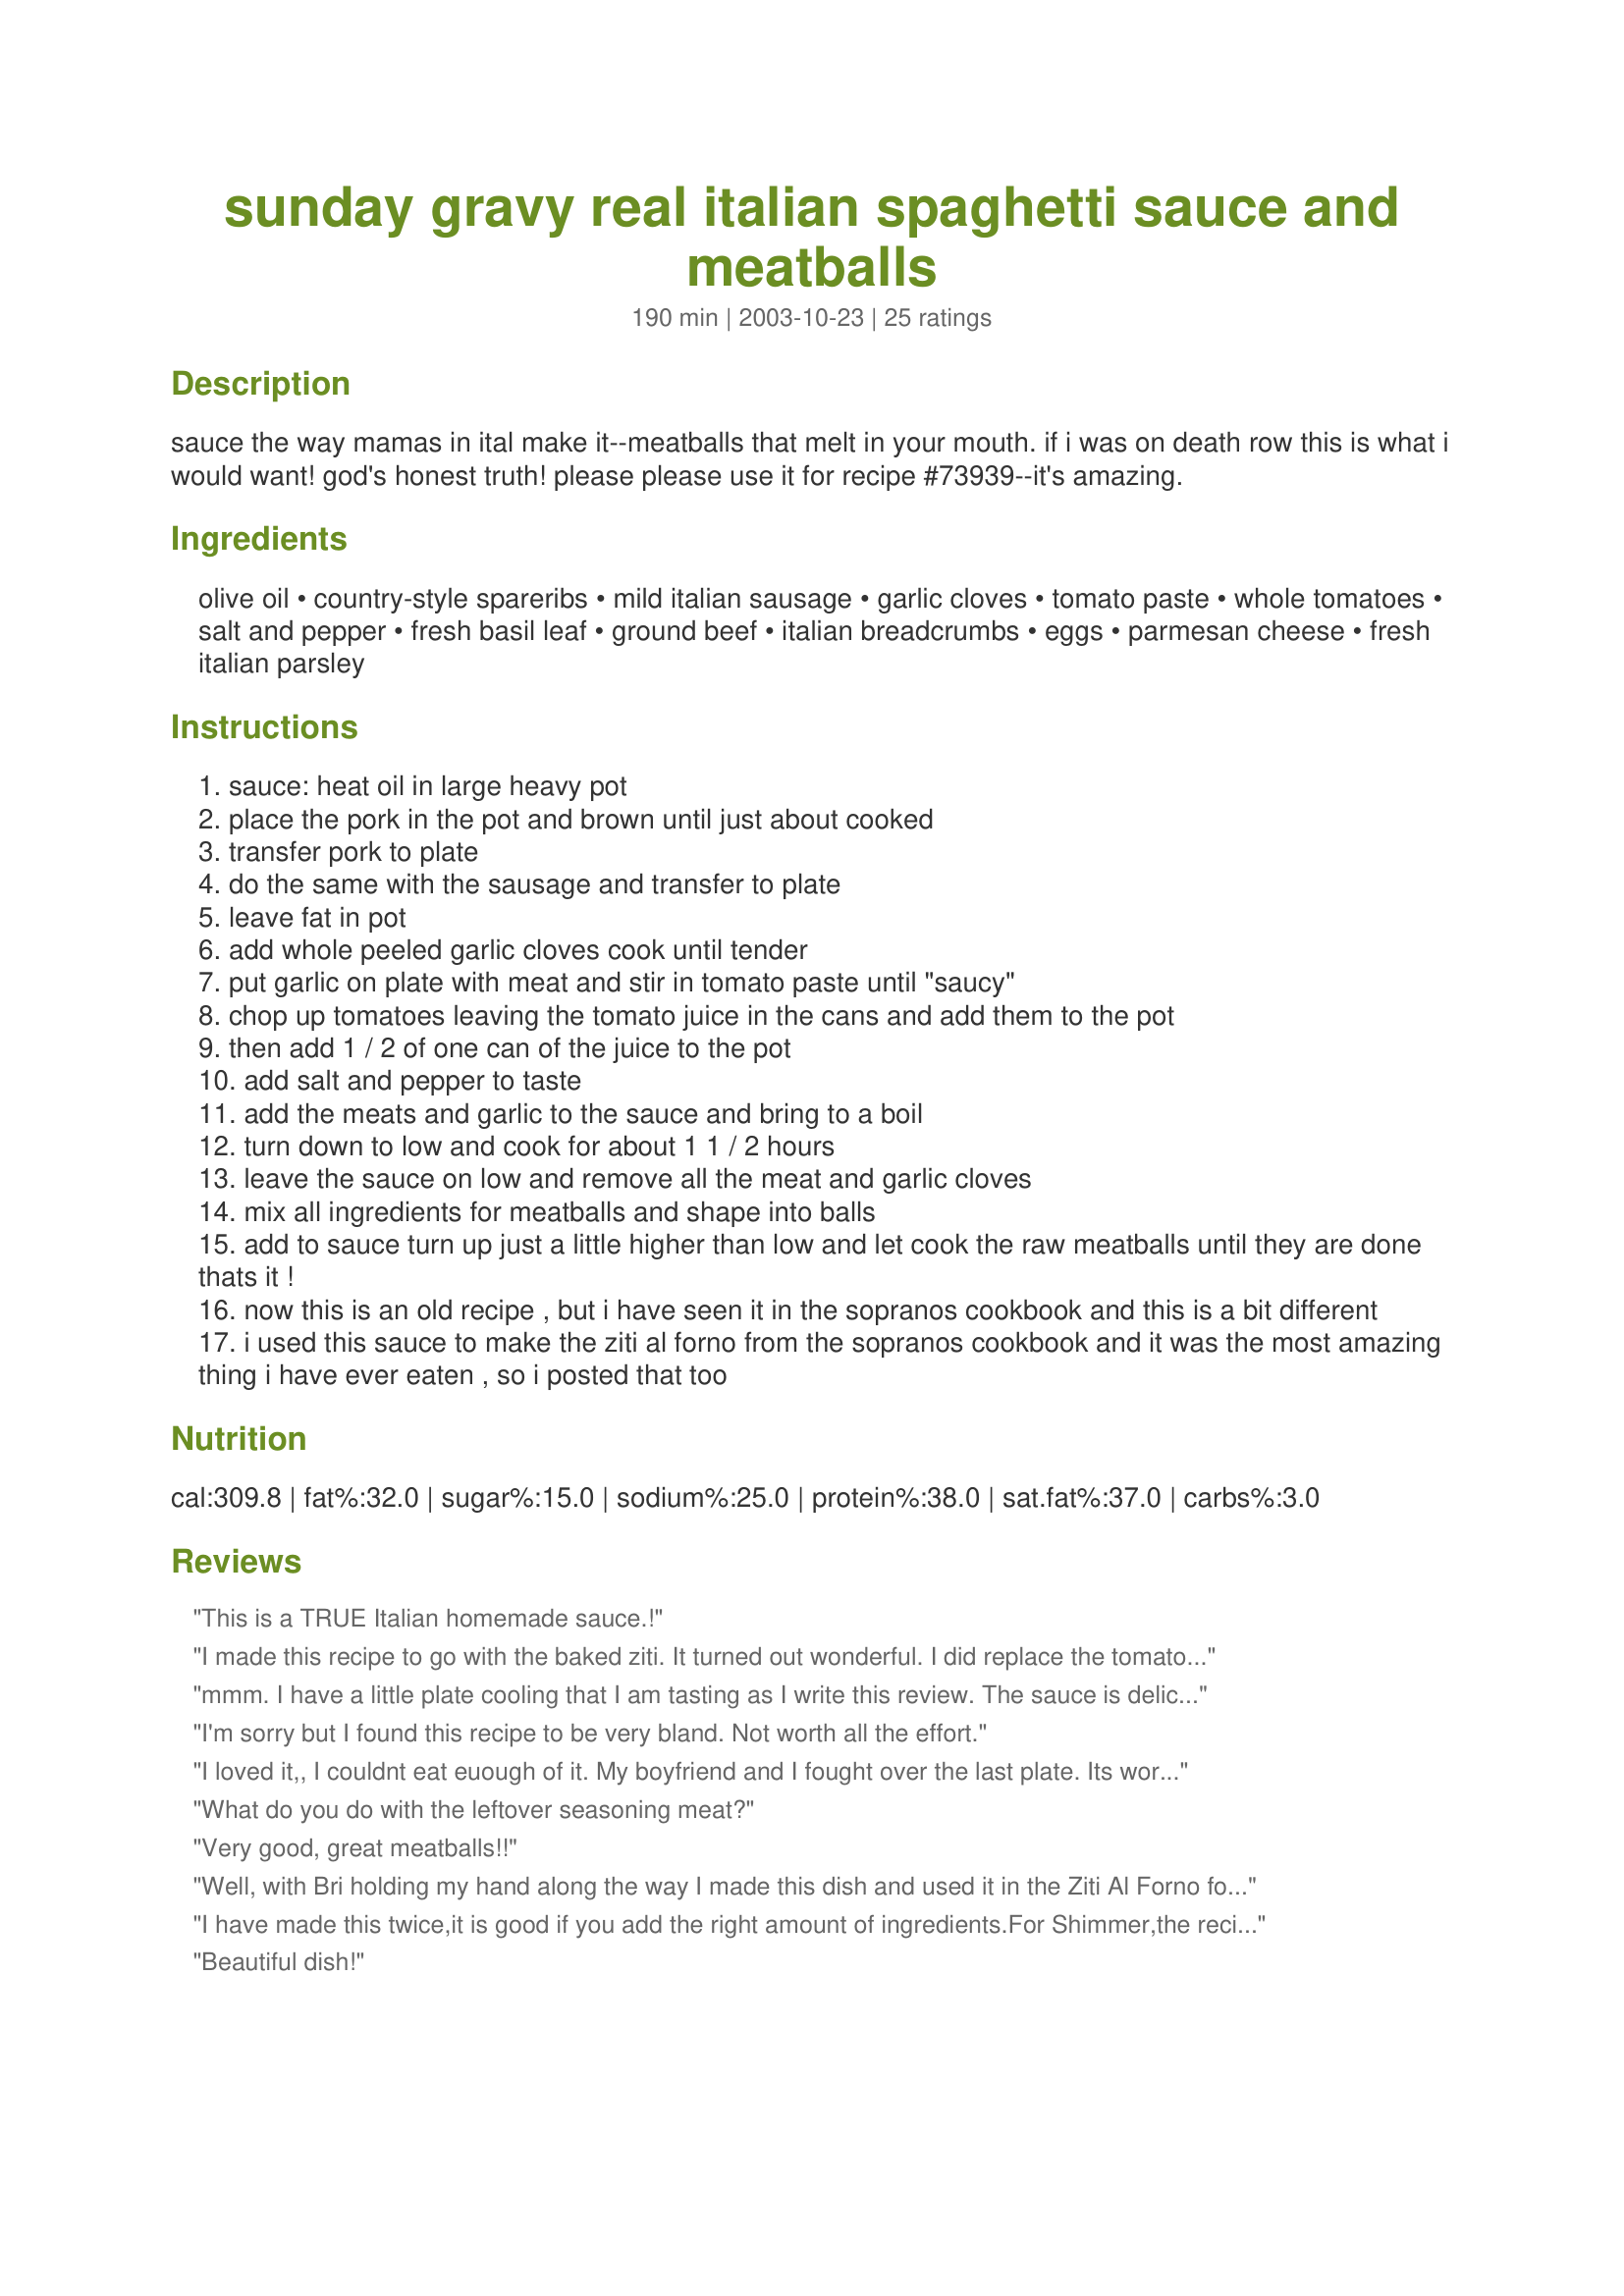
sunday gravy real italian spaghetti sauce and meatballs
Preparation time: 190 minutes

sauce the way mamas in ital make it--meatballs that melt in your mouth. if i was on death row this is what i would want! god's honest truth! please please use it for recipe #73939--it's amazing.

Ingredients:
olive oil, country-style spareribs, mild italian sausage, garlic cloves, tomato paste, whole tomatoes, salt and pepper, fresh basil leaf, ground beef, italian breadcrumbs, eggs, parmesan cheese, fresh italian parsley

Steps:
sauce: heat oil in large heavy pot
place the pork in the pot and brown until just about cooked
transfer pork to plate
do the same with the sausage and transfer to plate
leave fat in pot
add whole peeled garlic cloves cook until tender
put garlic on plate with meat and stir in tomato paste until "saucy"
chop up tomatoes leaving the tomato juice in the cans and add them to the pot
then add 1 / 2 of one can of the juice to the pot
add salt and pepper to taste
add the meats and garlic to the sauce and bring to a boil
turn down to low and cook for about 1 1 / 2 hours
leave the sauce on low and remove all the meat and garlic cloves
mix all ingredients for meatballs and shape into balls
add to sauce turn up just a little higher than low and let cook the raw meatballs until they are done thats it !
now this is an old recipe , but i have seen it in the sopranos cookbook and this is a bit different
i used this sauce to make the ziti al forno from the sopranos cookbook and it was the most amazing thing i have ever eaten , so i posted that too

Reviews:
This is a TRUE Italian homemade sauce.!
I made this recipe to go with the baked ziti. It turned out wonderful. I did replace the tomato paste with katsup. The meatballs were the best I have ever made. Thank you!
mmm.
I have a little plate cooling that I am tasting as I write this review. The sauce is delicious and spiced appropriately. I have had many gravy recipes from cookbooks, and from Italy. This is really a nice flavor that brings me back to childhood. The meatballs are really a nice texture.
Now for the changes...I have a kosher home so I could not use pork, I used mild Italian chicken sausage. I did not know how to replace the pork shoulder so I just omitted it. I used both dried basil and parsley. In the meatballs I used 93% fat free ground beef and instead of Parmesan I used about 3 Tbsp miso paste.
Thanks for posting a really delicious recipe.
I'm sorry but I found this recipe to be very bland. Not worth all the effort.
I loved it,, I couldnt eat euough of it. My boyfriend and I fought over the last plate. Its worth the time. The meatballs were so tender and mouth watering. I followed the directions but added a bit more garlic to the sauce. Thanks Bri this is a keeper.
What do you do with the leftover seasoning meat?
Very good, great meatballs!!
Well, with Bri holding my hand along the way I made this dish and used it in the Ziti Al Forno for guests and everyone loved it! Great dish and worth the extra effort. The meatballs are delish! Great Recipe!
I have made this twice,it is good if you add the right amount of ingredients.For Shimmer,the recipe says 14 1/2 oz cans of tomatoes.That is why your's is so bland,you used twice the amount.Olive oil is enough to just cover the bottom of the pot,2-3 T in a dutch oven.My dh is italian and makes italian gravy very often.His sauce is excellent.There is an old family secret ingredient and a secret method of tasting.Toward the end of cooking he adds 1 T apple cider vinegar and when we taste for seasoning we dip a piece of italian bread into the sauce.That gives you the real flavor.If it needs something more we then add it.He does cook his for most of the day,it really matures the seasonings.Everyone does their's there own way but this is the way his grandmother taught them.I would put his gravy against anyone's,it is truly good.This recipe is a good base to start with.We do however add other things to it.I am the one that has made this hoping to beat him in taste but no matter what I do he beats me.
Beautiful dish!
Okay here are my comments as I just happened to stumble across this. This is *not* marinara or 'spaghetti sauce'as Americans view spaghetti sauce. It IS Italian Gravy, a very different animal, and I have been making it for over 25 years ever since my 1st trip to Italy in my teens. You find this nearly all over Italy and it is not Italian-American food but Italian food; the real deal. Foods are not over done in flavors in any way in Italy and it is said there that if you can smell garlic when one is cooking that they have used too much. While there are the arribiatas and such, Italian gravy is a standard. While garlic may be used in nearly all cooking, sometimes to feed 10+ people there is a single clove. The essences of flavors are important, not a kick in the face for the most part. This should not be thick, is what we may think of as bland, but rest assured it is *authentic Italian* and used on and in not only spaghetti but I saw it most as a topping meats in Italy.
My boyfriend wanted meatballs from a local restaurant. I was more interested in making sure that what we would be eating was delicious and I wanted to know exactly what was going into the dish. I made the sauce with very few alterations and the meatballs as directed. My boyfriend said that he will never ever again go to any restaurant and order meat balls because these were the most delicious ones he has ever tasted and he's eaten meat balls all over the world. This recipe has made me very proud and I am not even Italian! My late husband used to make this gravy and this recipe is close to the flavors he developed in his version. Thank you!
My sauce is very similar to this recipe except that I use ground beef, pork and veal in my meatballs along with the other ingredients. I have used crushed tomatoes in my sauce which saves chopping the tomatoes. They cook down nicely. This recipe sounds delicious. I will probably die with a meatball and some sauce in my mouth!!!
Absolutely excellent - and I'm Italian and very hard to impress! The meatballs just melt in your mouth - I suggest doubling the recipe if having people for dinner because it went really fast when I had company over and I ran out.
I'm not going to rate this recipe because I didn't completely follow the recipe. I didn't make the meatballs because I had some store bought meatballs that I wanted to use up. I had dice tomatoes so I pureed my tomatoes with a can of tomato sauce. Also, I added about two tablespoon of sugar, a half cup of red wine, a pinch of cayenne pepper. allspice and onions to the mixture.I didn't have a stock pot so I ended up cooking the Sunday gravy in my crock pot on high for about 5 hours. The meal came out delicious and my husband went for seconds. Thanks!
This is just outstanding, thank you soo much
Authentic!! Delicioso!!
I am giving this rating five stars on the meatballs alone. I have not made the sauce as I make a sauce that I love; however, my meatballs always have come out not so much! These are absolutely delicious. If you are looking for truly delicious meatballs, you have found them and trust me, I've tried about every recipe out there!!
I really couldn't rate this recipe for a number of reasons, but I still wanted to post my comments. I made this gravy this evening and it turned out really bland and didn't have much zip to it. For starters, I halved the recipe and maybe it was a recipe that was meant to be prepared in full quantity. I also had trouble with the quantities in the instructions in the first place. How much olive oil? 3 cans of tomatoes can be 16 oz or 28 oz cans, I used the 28 oz cans; how much basil should be used and when does it go into the sauce? I used the pork neck bones and the mild Italian sausage as directed and figured that would add lots of flavor, but unfortunately it did not. My family politely ate one plate, but no one went back for seconds and they told me thanks for all the work that it was pretty good. "My hubby then said, babe if you want to stick with Prego, I'm fine with that since its less work and tastes better than this stuff." I will admit the meatballs were very tender, but nothing spectacular as far as taste. Again, this could be due to my error somehow, maybe someone can advise what I may have done wrong or can describe the flavor the sauce should have? I really wished we liked this more, but it was not thick, quite soupy, and tasted like a can of tomatoes with not much added to it. Sorry, but I probably wouldn't make this again.
Amazingly simple..yet such rich creamy gravy..deffinetly not spaghetti sauce or marinara......but so MUCH better...a GRAVY..amazing..the meatballs.were great too. I use fresh bread instead of crumbs..my family loved all of it and I made Sasuage, peppers and onions on the side..Thank you for such a great recipie...may be a weekly dinner for sure
I was so excited to try this because it got high reviews.... only to be disappointed, again. The taste is bland and the pork rib never softened in 2 hours. I&#039;m looking for a traditional Italian gravy and this isn&#039;t it. I should have known by looking at the spices that many are missing in the ingredients. I will keep searching!
This was good. I used some country style pork ribs and some sausage. Cleaned out my freezer! Added a little sugar to adjust to our tastes. Thanks!
We loved this recipe!! Thank you so much
I made this for a dinner party and everyone raved. I loved it too! But sadly there wasn't any left the next day. Next time I will double it. I followed it exactly and it's just awesome. I will try the Pasta al Forno recipe next (using this sauce, of course!). Thanks for sharing this. And yes I'm Italian and I know a great recipe when I find one...
BRAVO!!!! I'm an Irish girl married to an Italian boy and let me tell you my husband just couldn't get enough of this meal. I am now an official Italian. Most sauces have sugar in them and are too sweet, but I found this one to be just right. It was a very easy recipe to do. I used fresh tomatoes and garlic in a jar (so I couldn't take out the garlic as it said), but the taste was wonderful. I omitted the spareribs/pork shoulder. I found using the fresh tomatoes you need to add another can of tomato paste to thicken it up a little as it was a little watery on the plate. I will make this again and again!!!! I made this on Sunday and Tuesday evening there was only a little sauce and sausage left. In my estimation the sauce and meatballs were much better than any Italian Restaurant. This was my first attempt at making my own sauce from scratch. I guess I never found one that struck my fancy, but this one hit a spark and I am so grateful that I found Recipezaar. Thank you Bri22
